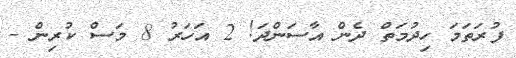
ފުރަތަމަ ހިދުމަތް ދެން އާސަންދަ! 2 އަހަރު 8 މަސް ކުރިން -